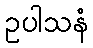
ဥပါသနံ